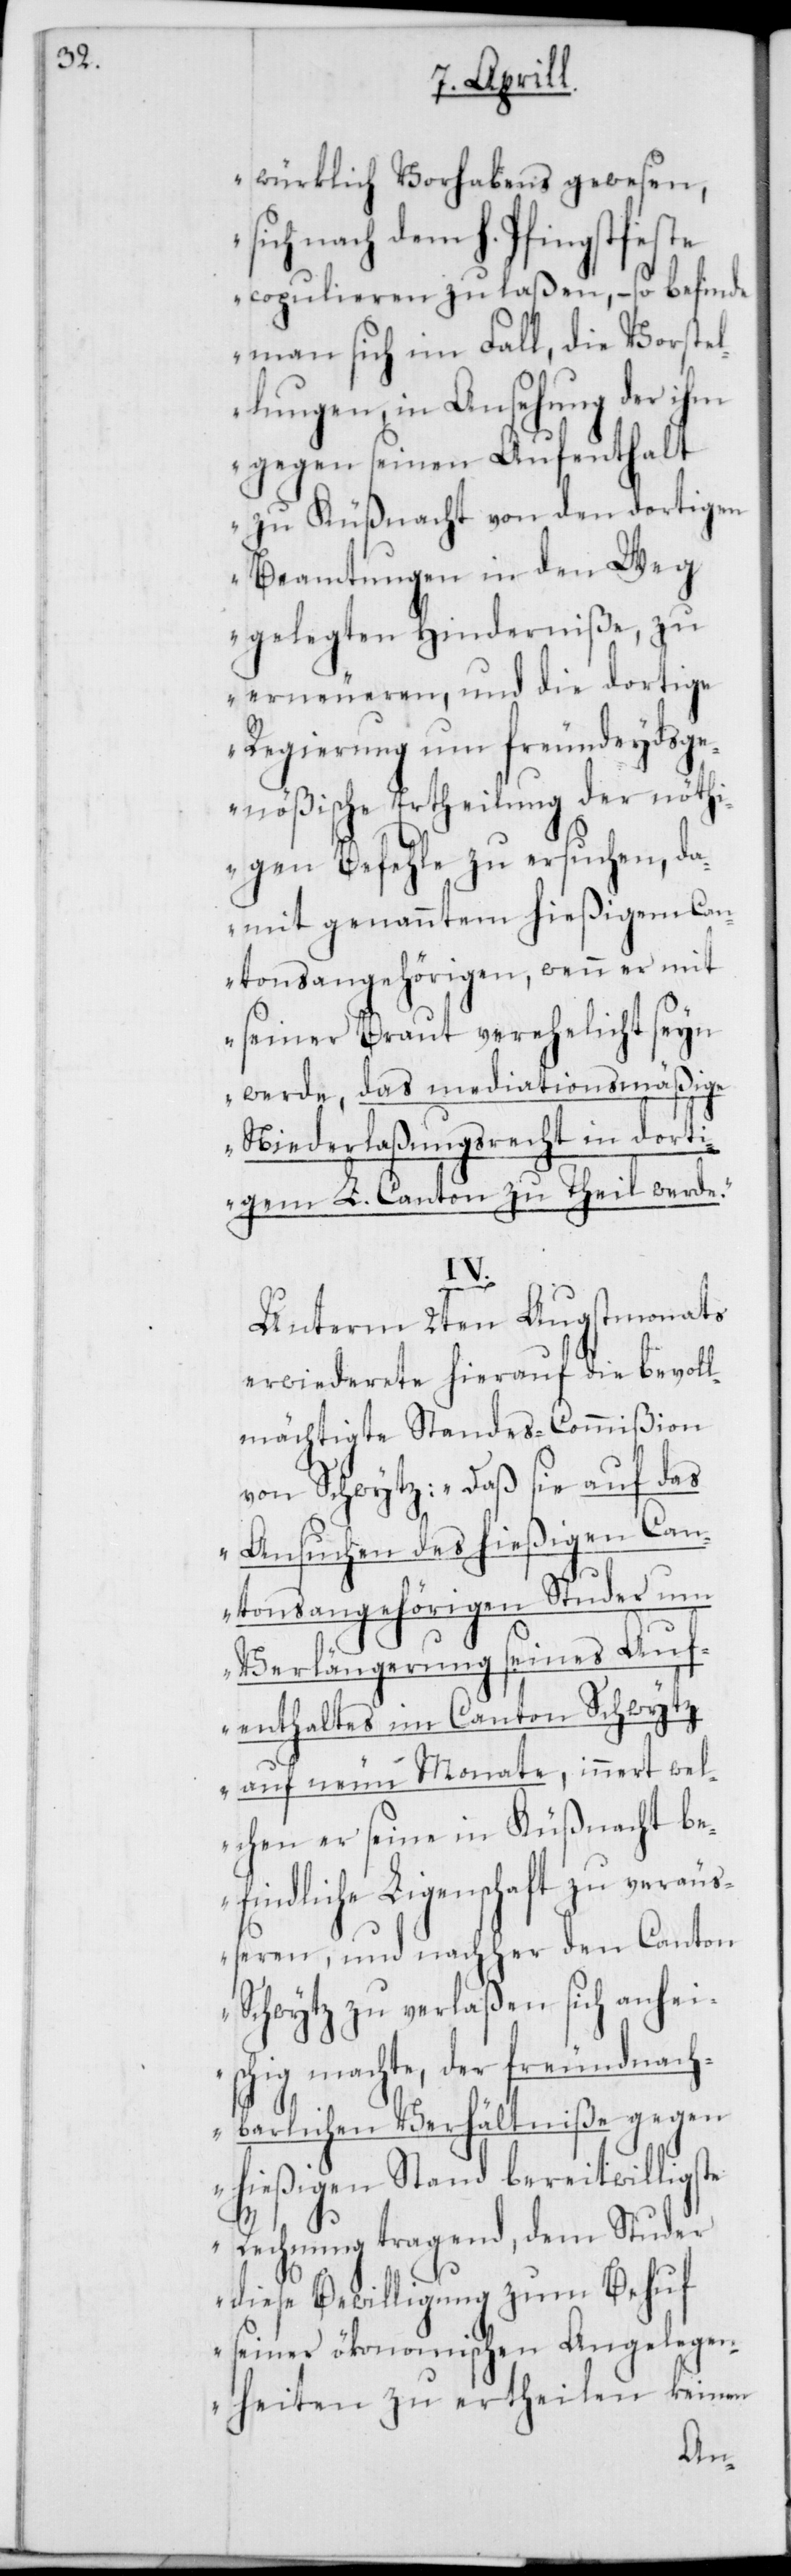
würklich Vorhabens gewesen,
sich nach dem h. Pfingstfeste
copulieren zu laßen, – so befinde
man sich im Fall, die Vorstel¬
lungen, in Ansehung der ihm
gegen seinen Aufenthalt
zu Küßnacht von den dortigen
Beamtungen in den Weg
gelegten Hinderniße, zu
erneueren, und die dortige
Regierung um freundeydsge¬
nößische Ertheilung der nöth¬
igen Befehle zu ersuchen, da¬
mit genanntem hießigem Can¬
tonsangehörigen, wenn er mit
seiner Braut verehelicht seyn
werde, das mediationsmäßige
Niederlaßungsrecht in dorti¬
gem L. Canton zu Theil werde“.
IV.
Unterm 2ten Augstmonats
erwiderete hierauf die bevoll¬
mächtigte Standes-Commißion
von Schwytz: „Daß sie auf das
Ansuchen des hießigen Can¬
tonsangehörigen Studer um
Verlängerung seines Auf¬
enthalts im Canton Schwytz
auf neun Monate, innert wel¬
chen er seine in Küßnacht be¬
findliche Ligenschaft zu veräu¬
ßeren, und nachher den Canton
Schwytz zu verlaßen sich anheis¬
chig machte, der freundnach¬
barlichen Verhältniße gegen
hießigen Stand bereitwilligste
Rechnung tragend, dem Studer
diese Bewilligung zum Behuf
seiner ökonomischen Angelegen¬
heiten zu ertheilen keinen